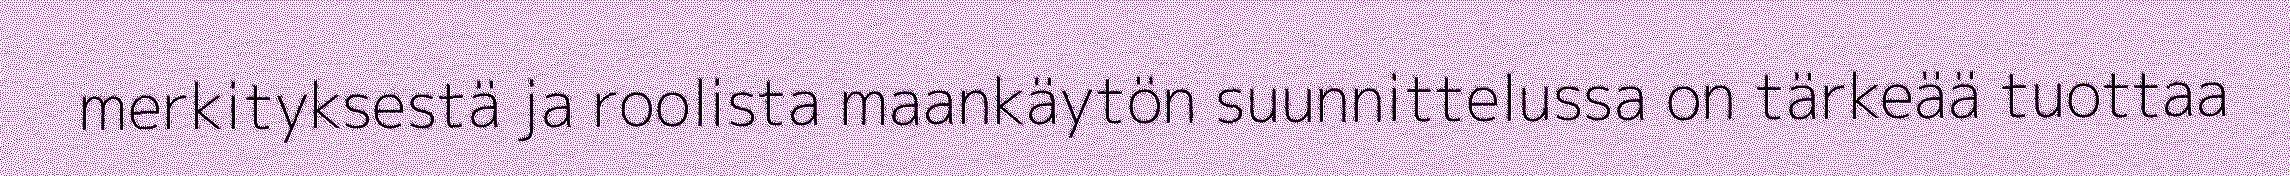
merkityksestä ja roolista maankäytön suunnittelussa on tärkeää tuottaa